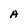
Character: A